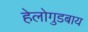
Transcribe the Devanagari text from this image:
हेलोगुडबाय